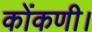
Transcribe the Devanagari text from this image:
कोंकणी।